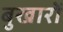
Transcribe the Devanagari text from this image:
बुखारों